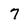
Character: 7